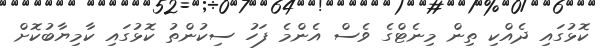
ކޮޅުގައި ދެއްކި ތިން މިނެޓްގެ ވެސް އެންމެ ފަހު ސިކުންތު ކޮޅުގައި ކާމިޔާބުކޮށް